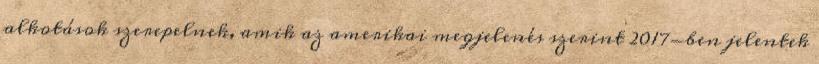
alkotások szerepelnek, amik az amerikai megjelenés szerint 2017-ben jelentek